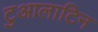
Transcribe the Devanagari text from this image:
टुआलाटिन